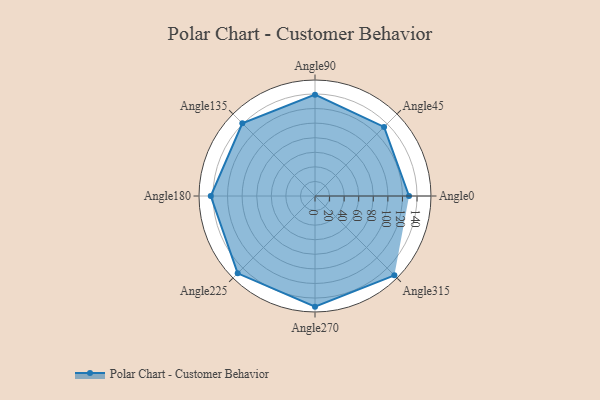
{"axis": {"x": "Angle", "y": "Radius"}, "legend": [""], "data": [{"x": "Angle0", "y": 129.0, "type": ""}, {"x": "Angle45", "y": 134.0, "type": ""}, {"x": "Angle90", "y": 139.0, "type": ""}, {"x": "Angle135", "y": 141.0, "type": ""}, {"x": "Angle180", "y": 143.0, "type": ""}, {"x": "Angle225", "y": 150.0, "type": ""}, {"x": "Angle270", "y": 152.0, "type": ""}, {"x": "Angle315", "y": 154.0, "type": ""}]}